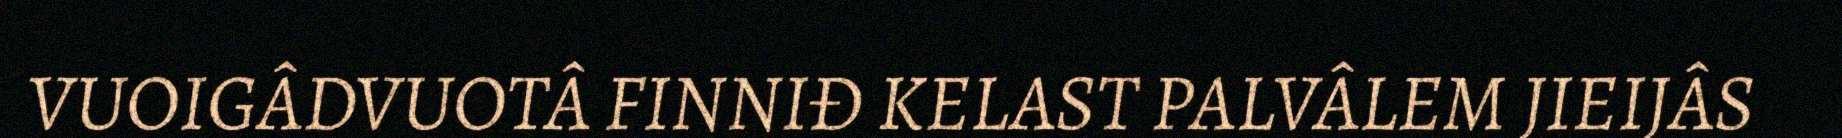
VUOIGÂDVUOTÂ FINNIĐ KELAST PALVÂLEM JIEIJÂS